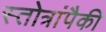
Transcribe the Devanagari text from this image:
स्तोत्रांपैकी